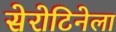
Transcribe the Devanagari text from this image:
सेरोटिनेला